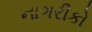
નાગરીકો